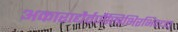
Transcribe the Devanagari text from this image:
अकाराद्यैर्वर्णैस्त्रिभिरभिदधत्